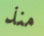
منذ